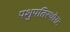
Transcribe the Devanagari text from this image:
पशुपतिरथोग्रः